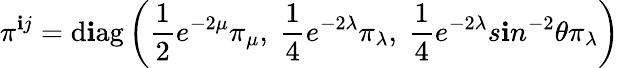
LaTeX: \pi^{\mathbf{i}j}=\mathrm{{d\mathbf{i}ag}}\left(\frac{{1}}{{2}}e^{-2\mu}\pi_{\mu},~\frac{{1}}{{4}}e^{-2\lambda}\pi_{\lambda},~\frac{{1}}{{4}}e^{-2\lambda}s\mathbf{i}n^{-2}\theta\pi_{\lambda}\right)